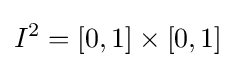
I^{2}=[0,1]\times [0,1]